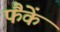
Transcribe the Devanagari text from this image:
फैंकें